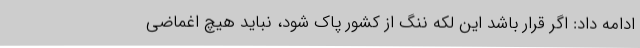
ادامه داد: اگر قرار باشد این لکه ننگ از کشور پاک شود، نباید هیچ اغماضی